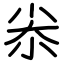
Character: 尜